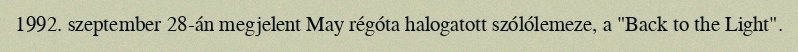
1992. szeptember 28-án megjelent May régóta halogatott szólólemeze, a "Back to the Light".